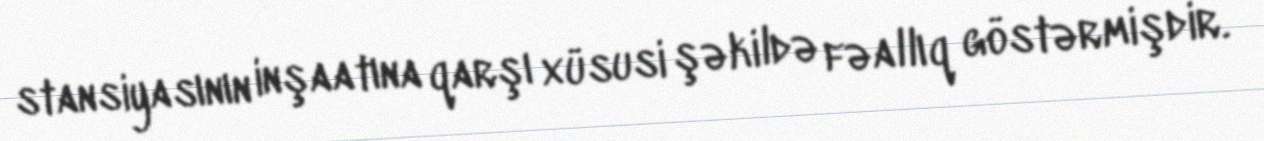
stansiyasının inşaatına qarşı xüsusi şəkildə fəallıq göstərmişdir.